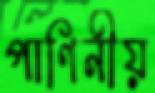
পাণিনীয়